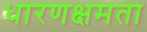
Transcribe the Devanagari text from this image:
धारणक्षमता